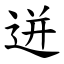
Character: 迸